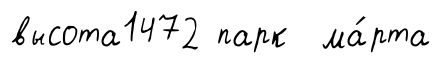
высота1472 парк ма́рта